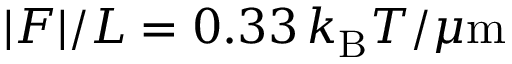
| { \cal F } | / L = 0 . 3 3 \, k _ { \mathrm { B } } T / \mu \mathrm { m }